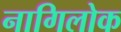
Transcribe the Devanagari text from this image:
नागिलोक